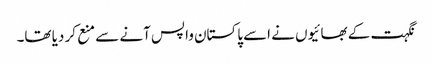
نگہت کے بھائیوں نے اسے پاکستان واپس آنے سے منع کر دیا تھا۔